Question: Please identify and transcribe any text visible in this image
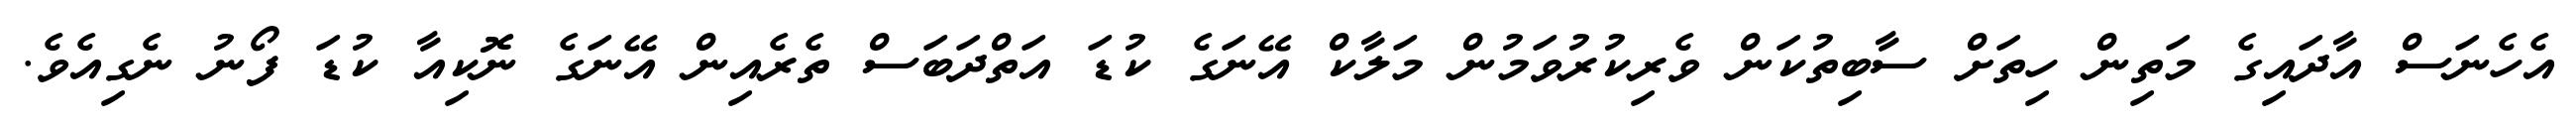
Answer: އެހެނަސް އާދައިގެ މަތިން ހިތަށް ސާބިތުކަން ވެރިކުރުވަމުން މަލާކް އޭނަގެ ކުޑަ އަތްދަބަސް ތެރެއިން އޭނަގެ ނޮކިއާ ކުޑަ ފޯނު ނެގިއެވެ.